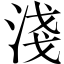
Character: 淺